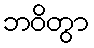
ဘဝိတွာ